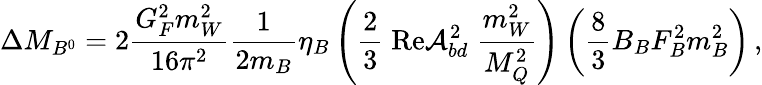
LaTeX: \Delta M_{B^{0}}=2\frac{G_{F}^{2}m_{W}^{2}}{16\pi^{2}}\frac{1}{2m_{B}}\eta_{B}\left(\frac{2}{3}\; \mathrm{Re}{\cal A}_{bd}^{2}\; \frac{m_{W}^{2}}{M_{Q}^{2}}\right)\left(\frac{8}{3}B_{B}F_{B}^{2}m_{B}^{2}\right)\, ,